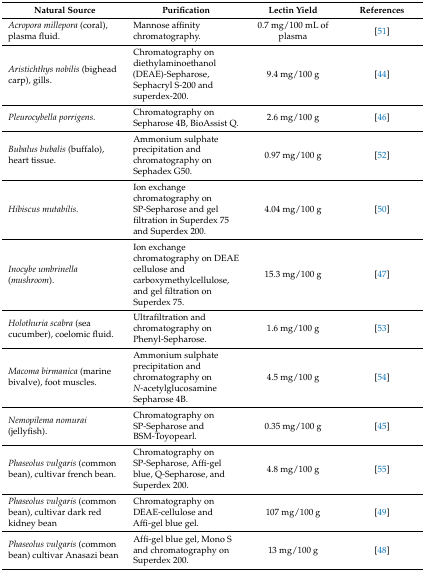
| Natural Source | Purification | Lectin Yield | References |
 | --- | --- | --- | --- |
 | Acropora millepora (coral), plasma fluid. | Mannose affinity chromatography. | 0.7 mg/100 mL of plasma | [51] |
 | Aristichthys nobilis (bighead carp), gills. | Chromatography on diethylaminoethanol (DEAE)-Sepharose, Sephacryl S-200 and superdex-200. | 9.4 mg/100 g | [44] |
 | Pleurocybella porrigens. | Chromatography on Sepharose 4B, BioAssist Q. | 2.6 mg/100 g | [46] |
 | Bubalus bubalis (buffalo), heart tissue. | Ammonium sulphate precipitation and chromatography on Sephadex G50. | 0.97 mg/100 g | [52] |
 | Hibiscus mutabilis. | Ion exchange chromatography on SP-Sepharose and gel filtration in Superdex 75 and Superdex 200. | 4.04 mg/100 g | [50] |
 | Inocybe umbrinella (mushroom). | Ion exchange chromatography on DEAE cellulose and carboxymethylcellulose, and gel filtration on Superdex 75. | 15.3 mg/100 g | [47] |
 | Holothuria scabra (sea cucumber), coelomic fluid. | Ultrafiltration and chromatography on Phenyl-Sepharose. | 1.6 mg/100 g | [53] |
 | Macoma birmanica (marine bivalve), foot muscles. | Ammonium sulphate precipitation and chromatography on N-acetylglucosamine Sepharose 4B. | 4.5 mg/100 g | [54] |
 | Nemopilema nomurai (jellyfish). | Chromatography on SP-Sepharose and BSM-Toyopearl. | 0.35 mg/100 g | [45] |
 | Phaseolus vulgaris (common bean), cultivar french bean. | Chromatography on SP-Sepharose, Affi-gel blue, Q-Sepharose, and Superdex 200. | 4.8 mg/100 g | [55] |
 | Phaseolus vulgaris (common bean), cultivar dark red kidney bean | Chromatography on DEAE-cellulose and Affi-gel blue gel. | 107 mg/100 g | [49] |
 | Phaseolus vulgaris (common bean) cultivar Anasazi bean | Affi-gel blue gel, Mono S and chromatography on Superdex 200. | 13 mg/100 g | [48] |